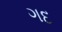
ગદ